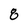
Character: 8